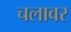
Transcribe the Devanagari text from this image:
चलावर